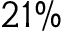
2 1 \%